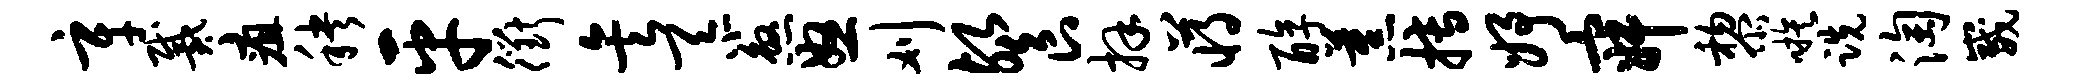
辛戴疽秧平衢矣忝煞怒刈餐拜蒋醇蕉搏妤寂黎嗾跣淘崴